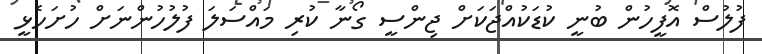
ފުލުސް އޮފީހުން ބުނީ ކުޑަކުއްޖަކަށް ޖިންސީ ގޯނާ ކުރި މައްސަލަ ފުލުހުންނަށް ހުށަހެޅީ